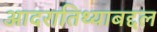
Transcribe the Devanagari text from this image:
आदरातिथ्याबद्दल